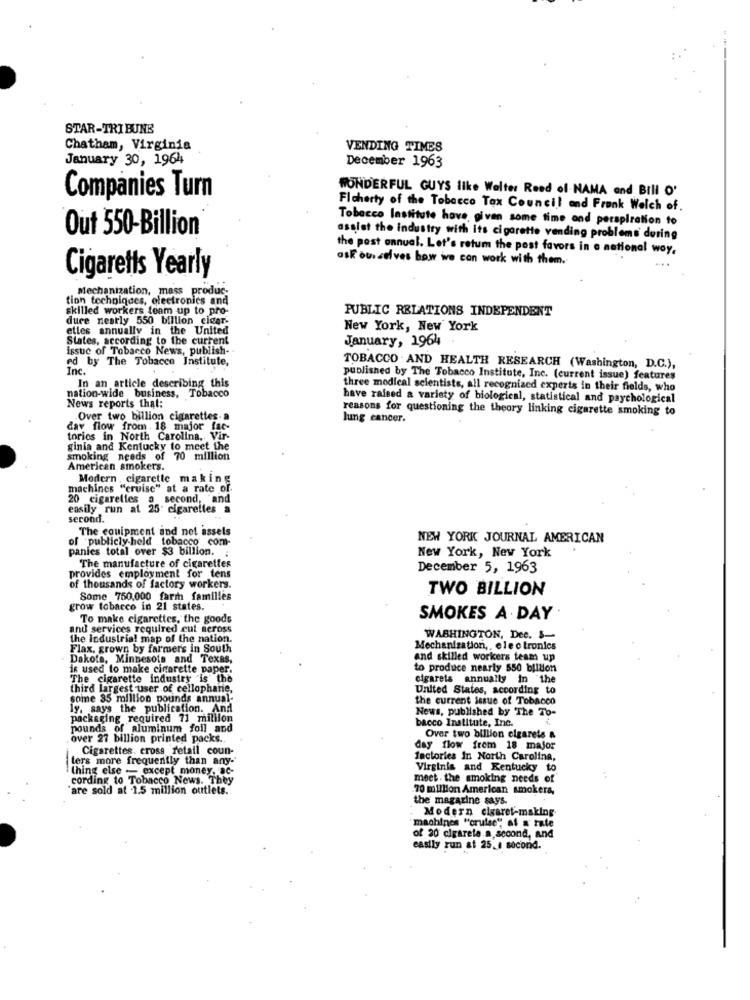
STAR-TRIBUNE
Chatham, Virginia
VENDING TIMES
January 30, 1964
December 1963
WONDERFUL GUYS like Walter Reed of NAMA and Bill O'
Companies Turn
Flaherty of the Tobacco Tax Council and Frank Welch of.
Tobacco Institute have given some time and perspiration to
Out 550-Billion
assist the industry with its cigarette vending problems during
the post annual. Let's retum the post favors in o national woy,
ask ourselves how we con work with them.
Cigaretts Yearly
Mechanization, mass produc-
tion techniques, electronics and
skilled workers team up to pro-
PUBLIC RELATIONS INDEPENDENT
dure neatly 550 billion cigar.
elles annually in the United
New York, New York
States, according to the current
January, 1964
issue of Tobacco News, publish-
ed by The Tobacco Institute,
Inc.
TOBACCO AND HEALTH RESEARCH (Washington, D.C.),
published by The Tobacco Institute, Inc. (current issue) features
In an article describing this
three medical scientists, all recognized experts in their fields, who
nation-wide business, Tobacco
have raised a variety of biological, statistical and psychological
News reports that:
reasons for questioning the theory linking cigarette smoking to
Over two billion cigarettes-a
lung cancer.
dav flow from . 18 major fac-
torios in North Carolina. Vir-
ginia and Kentucky to meet the
smoking needs of 70 million
American smokers.
Modern , cigarette making
machines "cruise" at a
20 cigarettes a second, 'and
easily run at 25 cigarettes a
second.
The equipment and not assels
of publicly-held tobacco com-
NEW YORK JOURNAL AMERICAN
panies total over $3 billion.
New York, New York
The manufacture of cigarettes
provides employment for tens
December 5, 1963
of thousands of factory workers.
TWO BILLION
Some 750.000 farm families
grow tobacco in 21 states.
To make cigarettes, the goods
SMOKES A DAY
and services required cut across
the Industrial map of the nation.
WASHINGTON, Dee. S-
Flax, grown by farmers in South
Mechanization ,, electronics
Dakota, Minnesota and Texas,
and skilled workers team up
is used to make cigarette paper.
to produce nearly 550 billion
The cigarette industry is the
cigarets annually in the
third largest user of cellophane,
United States, according to
some 35 million pounds annual-
the current issue of Tobacco
ly, says the publication. And
News, published by The To-
packaging required 71 million
bacco Institute, Inc.
pounds of aluminum foil and
over 27 billion printed packs.
Over two billion cigarets &
Cigarettes, cross retail coun-
day flow frem 18 major
lers more frequently than any-
factories In North Carolina,
thing else - except money. ac-
Virginia and Kentucky to
cording to Tobacco News. They
meet . the smoking needs of
are sold at 1.5 million outlets.
.70 million American smokers,
the magazine says.
Modern cigaret-making
machines "cruise", af a' rale
of 20 cigarele a second, and
easily run at 25. , socond.